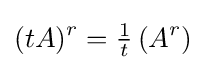
(tA)^{r}={\tfrac {1}{t}}\left(A^{r}\right)